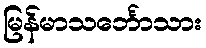
မြန်မာသင်္ဘောသား